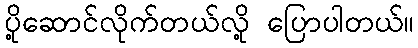
ပို့ဆောင်လိုက်တယ်လို့ ပြောပါတယ်။